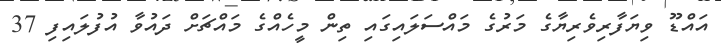
އައްޑޫ ވިޔަފާރިވެރިޔާގެ މަރުގެ މައްސަލައިގައި ތިން މީހެއްގެ މައްޗަށް ދައުވާ އުފުލައިފި 37